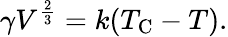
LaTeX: \gamma V^{\frac{2}{3}}=k(T_{\mathrm{C}}-T).